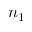
n _ { 1 }